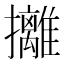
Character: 攡